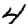
Digit: 4